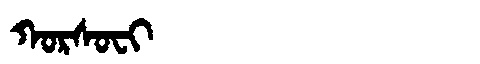
Manchu: ᡴᠣᡵᠰᠣᠸᡳ
Romanization: KORSOFI